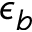
\epsilon _ { b }